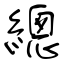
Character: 總